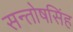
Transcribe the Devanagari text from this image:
सन्तोषसिंह